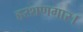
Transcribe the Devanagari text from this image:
हरशणगार।